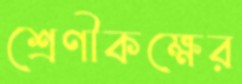
শ্রেণীকক্ষের